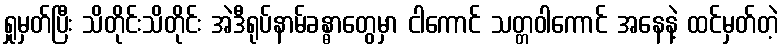
ရှုမှတ်ပြီး သိတိုင်းသိတိုင်း အဲဒီရုပ်နာမ်ခန္ဓာတွေမှာ ငါကောင် သတ္တဝါကောင် အနေနဲ့ ထင်မှတ်တဲ့